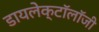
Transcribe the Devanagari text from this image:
डायलेक्टॉलॉजी